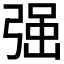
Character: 𭚼